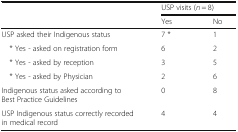
| <ROWSPAN=2>  | <COLSPAN=2> USP visits (n = 8) |
 | Yes | No |
 | --- | --- | --- |
 | USP asked their Indigenous status | 7 * | 1 |
 | * Yes - asked on registration form | 6 | 2 |
 | * Yes - asked by reception | 3 | 5 |
 | * Yes - asked by Physician | 2 | 6 |
 | Indigenous status asked according to Best Practice Guidelines | 0 | 8 |
 | USP Indigenous status correctly recorded in medical record | 4 | 4 |